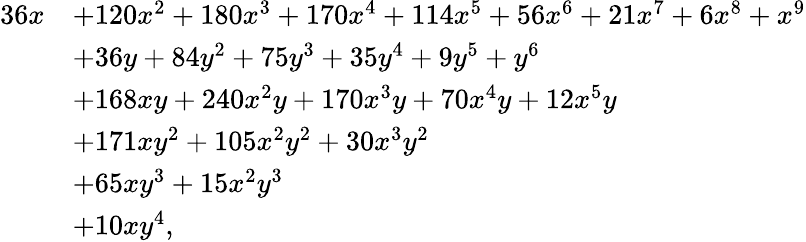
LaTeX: {\begin{array}{rl}{36x}&{+120x^{2}+180x^{3}+170x^{4}+114x^{5}+56x^{6}+21x^{7}+6x^{8}+x^{9}}\\ &{+36y+84y^{2}+75y^{3}+35y^{4}+9y^{5}+y^{6}}\\ &{+168xy+240x^{2}y+170x^{3}y+70x^{4}y+12x^{5}y}\\ &{+171xy^{2}+105x^{2}y^{2}+30x^{3}y^{2}}\\ &{+65xy^{3}+15x^{2}y^{3}}\\ &{+10xy^{4},}\end{array}}